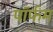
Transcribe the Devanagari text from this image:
पॉर्फम